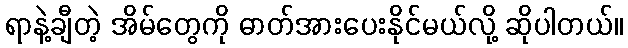
ရာနဲ့ချီတဲ့ အိမ်တွေကို ဓာတ်အားပေးနိုင်မယ်လို့ ဆိုပါတယ်။